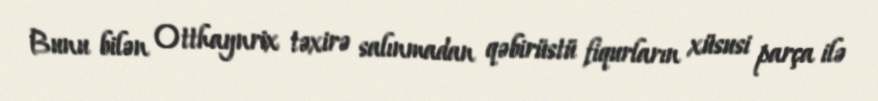
Bunu bilən Otthaynrix təxirə salınmadan qəbirüstü fiqurların xüsusi parça ilə